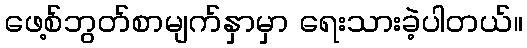
ဖေ့စ်ဘွတ်စာမျက်နှာမှာ ရေးသားခဲ့ပါတယ်။